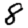
Digit: 8